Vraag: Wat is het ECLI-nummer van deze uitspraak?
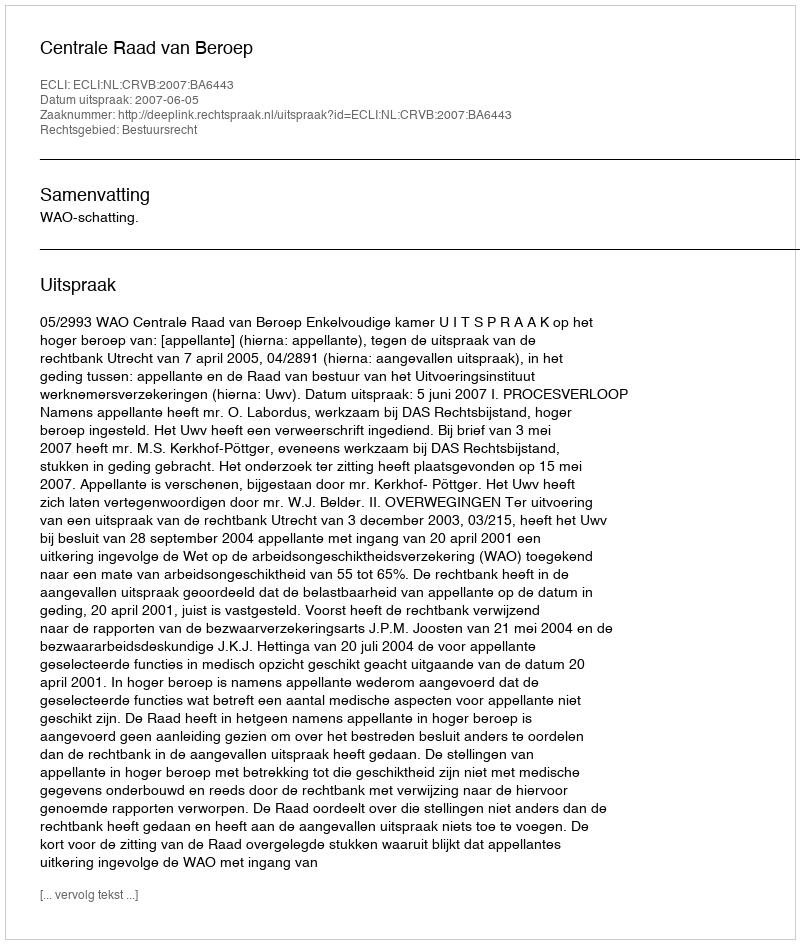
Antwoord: ECLI:NL:CRVB:2007:BA6443